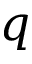
q